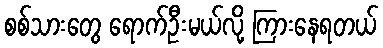
စစ်သားတွေ ရောက်ဦးမယ်လို့ ကြားနေရတယ်